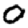
Digit: 0